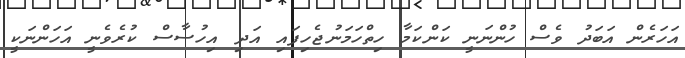
އަހަރެން އަބަދު ވެސް ހުންނަނީ ކަންކަމާ ހިތްހަމަނުޖެހިފައި އަދި އިހުސާސް ކުރެވެނީ އަހަންނަކީ